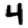
Digit: 4